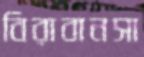
বিরাবানসা